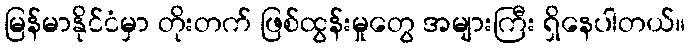
မြန်မာနိုင်ငံမှာ တိုးတက် ဖြစ်ထွန်းမှုတွေ အများကြီး ရှိနေပါတယ်။